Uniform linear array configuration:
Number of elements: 64
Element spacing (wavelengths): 0.5
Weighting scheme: blackman
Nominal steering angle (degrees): -45
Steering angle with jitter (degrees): -43.206
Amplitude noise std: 0.05
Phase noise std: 0.05

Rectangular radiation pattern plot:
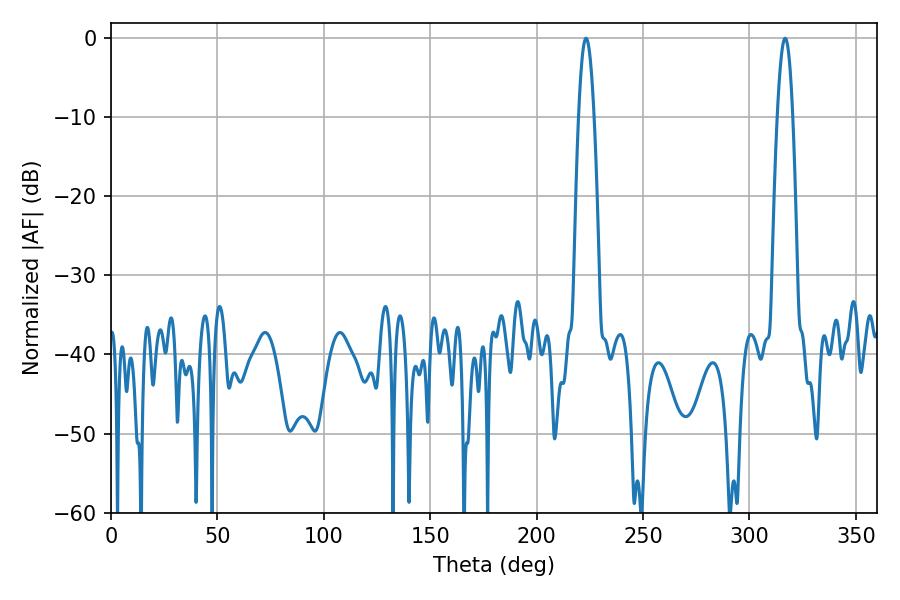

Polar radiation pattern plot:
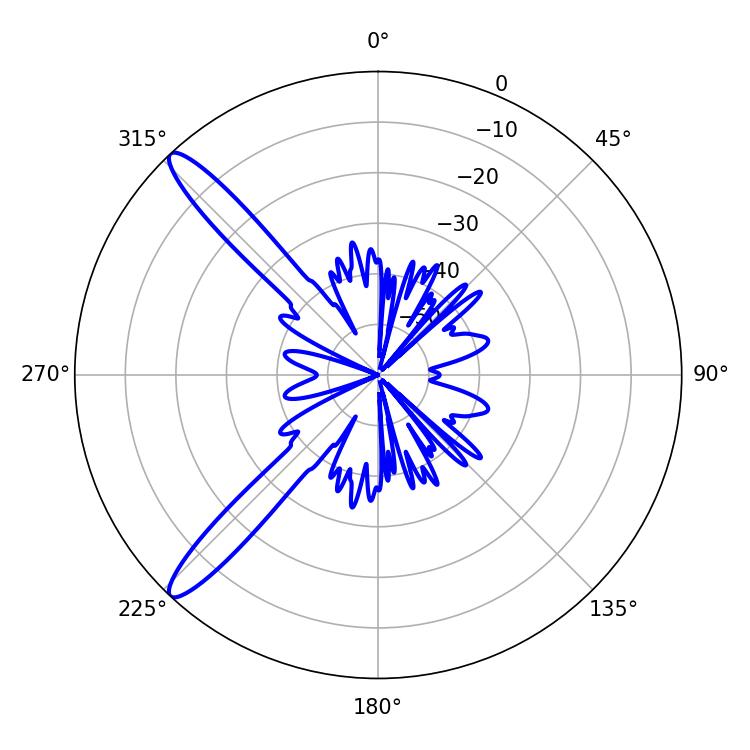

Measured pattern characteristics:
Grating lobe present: FALSE
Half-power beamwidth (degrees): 3.96
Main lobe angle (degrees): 223.2